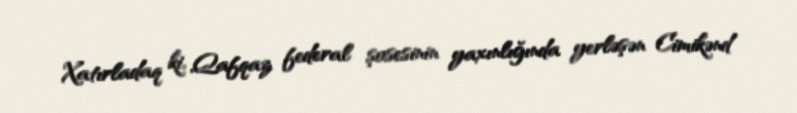
Xatırladaq ki, Qafqaz federal şosesinin yaxınlığında yerləşən Cimikənd